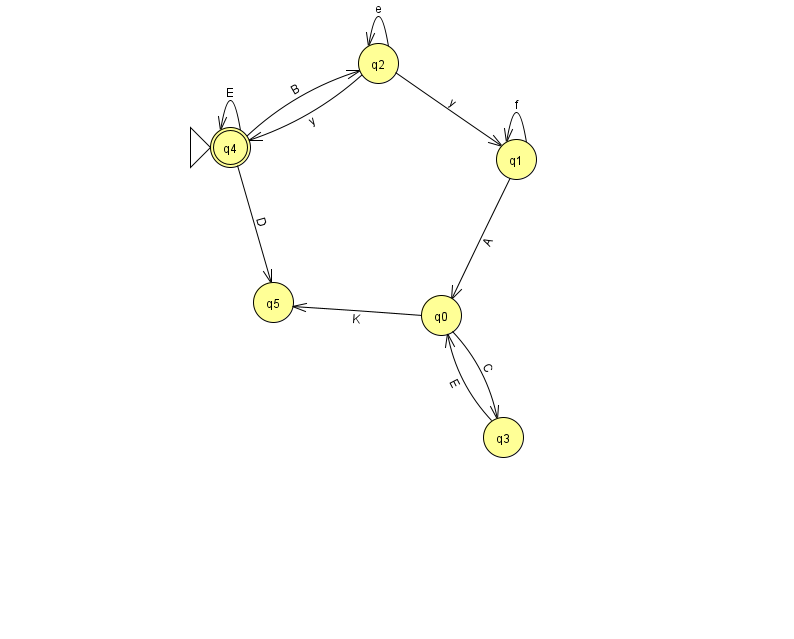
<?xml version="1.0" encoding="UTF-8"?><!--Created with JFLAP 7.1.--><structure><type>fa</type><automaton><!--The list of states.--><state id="0" name="q0"><x>441.0</x><y>302.0</y></state><state id="1" name="q1"><x>516.0</x><y>146.0</y></state><state id="2" name="q2"><x>378.0</x><y>50.0</y></state><state id="3" name="q3"><x>503.0</x><y>424.0</y></state><state id="4" name="q4"><x>230.0</x><y>134.0</y><initial/><final/></state><state id="5" name="q5"><x>273.0</x><y>289.0</y></state><!--The list of transitions.--><transition><from>4</from><to>5</to><read>D</read></transition><transition><from>1</from><to>0</to><read>A</read></transition><transition><from>2</from><to>2</to><read>e</read></transition><transition><from>4</from><to>4</to><read>E</read></transition><transition><from>1</from><to>1</to><read>f</read></transition><transition><from>4</from><to>2</to><read>B</read></transition><transition><from>2</from><to>1</to><read>y</read></transition><transition><from>3</from><to>0</to><read>E</read></transition><transition><from>0</from><to>5</to><read>K</read></transition><transition><from>0</from><to>3</to><read>C</read></transition><transition><from>2</from><to>4</to><read>y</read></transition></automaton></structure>